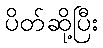
ပိတ်ဆို့ပြီး